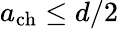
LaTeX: a_{\mathrm{ch}}\leq d/2